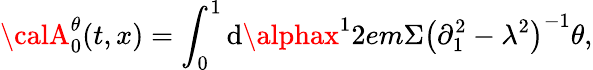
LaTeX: {\calA}_{0}^{\theta}(t,x)=\int_{0}^{1}{\mathrm{d}\alphax^{1}}2em\Sigma\left({\partial_{1}^{2}-\lambda^{2}}\right)^{-1}\theta,